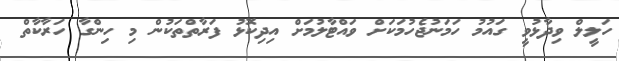
ހަލީލް ވިދާޅުވީ ގައުމު ހަމަނުޖެހުމަކަށް ވައްޓާލުމަށް އިދިކޮޅު ފަރާތްތަކުން މި ހިންގާ ހަރާކާތް